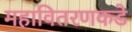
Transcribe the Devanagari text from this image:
महावितरणकडे